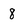
Character: 8